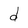
Character: d